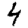
Digit: 4